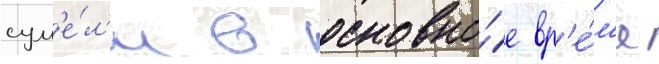
сум'е́л'и в основно́е вр'е́м'я